Vital statistics of India. Vol. IV, Annual returns from 1871 to 1876. British Army of India, Native Army and jails of Bengal
Year: 1871
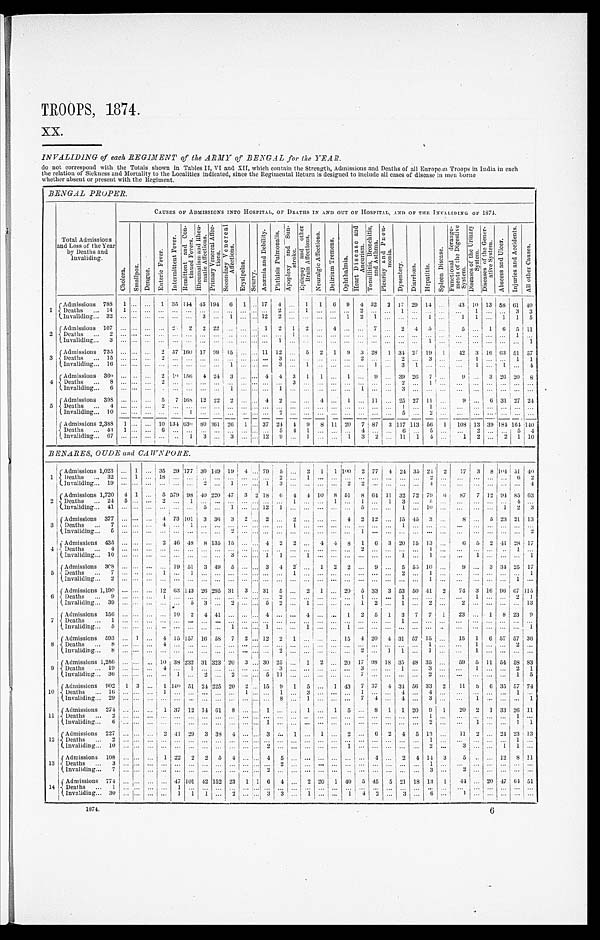
TROOPS, 1874.
XX.
INVALIDING of each REGIMENT of the ARMY of BENGAL for the YEAR.
do not correspond with the Totals shown in Tables II, VI and XII, which contain the Strength, Admissions and Deaths of all European Troops in India in each
the relation of Sickness and Mortality to the Localities indicated, since the Regimental Return is designed to include all cases of disease in men borne
whether absent or present with the Regiment.
BENGAL PROPER.
Total Admissions
and Loss of the Year
by Deaths and
Invaliding.
CAUSES OF ADMISSIONS INTO HOSPITAL, OF DEATHS IN AND OUT OF HOSPITAL, AND OF THE INVALIDING OF 1874.
C h o l e r a .
S m a l l p o x .
D e n g u e .
E n t e r i c F e v e r .
I n t e r m i t t e n t F e v e r .
R e m i t t e n t a n d C o n - t i n u e d F e v e r s . R h e u m a t i s m a n d R h e u - m a t i c A f f e c t i o n s .
P r i m a r y V e n e r a l A f f e c - t i o n s .
S e c o n d a r y V e n e r e a l A f f e c t i o n s .
E r y s i p e l a s .
S c u r v y .
A n æ m i a a n d D e b i l i t y .
P h t h i s i s P u l m o n a l i s . A p o p l e x y a n d S u n - s t r o k e .
E p i l e p s y a n d o t h e r B r a i n A f f e c t i o n s .
N e u r a l g i c A f f e c t i o n s .
D e l i r i u m T r e m e n s .
Op h t h a l mi a .
H e a r t D i s e a s e a n d A n e u r i s m . T o n s i l l i t i s , B r o n c h i t i s , a n d A s t h m a .
P l e u r i s y a n d P n e u - m o n i a .
D y s e n t e r y .
D i a r r h œ a . H e p a t i t i s .
S p l e e n D i s e a s e . F u n c t i o n a l d e r a n g e - m e n t s o f t h e D i g e s t i v e S y s t e m .
D i s e a s e s o f t h e U r i n a r y S y s t e m .
D i s e a s e s o f t h e G e n e r - a t i v e S y s t e m .
A b s c e s s a n d U l c e r .
I n j u r i e s a n d A c c i d e n t s .
Al l o t h e r Ca u s e s .
1 Admissions 788
1
. . .
. . . 1 35 144
4 5
194
6
1
. . .
1 7
4
. . .
1
1 6
9
4 32
2
1 7
29
1 4
. . .
43 10 13 58 61 40
D e a t h s . . .
1 4
1
. . .
. . .
. . .
. . .
. . . . . . . . .
. . .. . .
. . .
. . .
2
. . .
1
. . .
. . .
. . .
2
. . .
. . .
1
. . .
. . .
. . .
. . . 1
. . .. . .
3
3
I n v a l i d i n g . . . 32
. . .
. . .
. . .
. . .
. . .
. . . 3 . . .
1 . . .
. . . 12
2
. . .
. . .
. . .
. . .
1
2
1
. . .
. . .
. . .
1
. . .
1
1
. . . 1
1
5
2
Admissions 107
. . .
. . .
. . .
. . .
2
2
2 22
. . . . . .
. . . 1
2
1
2
. . . 4
. . .
. . . 7
. . . 2
4
5
. . .
5
. . .
1
6 5 11
Deat hs . . .
2
. . .
. . .
. . .
. . .
. . .
. . .
. . . . . .
. . . . . .
. . .
. . .
. . .
1
. . .
. . .
. . .
. . .
. . .
. . .
. . .
. . .
. . .
. . .
. . .
. . .
. . .
. . . . . .
1 . . .
I n v a l i d i n g . . .
3
. . .
. . .
. . .
. . .
. . .
. . .
. . .. . .
. . .. . .
. . .
. . .
1
. . .
. . .
. . .
. . .
. . .
. . .
. . .
. . .
. . .
. . .
1
. . .
. . .
. . .
. . .. . .
. . .1
3
Admissions 735
. . .
. . .
. . . 2 57 160 17 99
15 . . .
. . . 11
12
. . . 5
2
1
9
3
28
1 34 27 19
1
42
3 16 63 51 57
D e a t h s . . .
1 5
. . .
. . .
. . .
2
. . .
. . .
. . .. . .
. . .. . .
. . .
. . .
3
. . .
. . .
. . .
. . .
. . .
2
. . .
. . .
2
. . .
3
. . .
. . .
1
. . .. . . 1
1
Invaliding . . . 16
. . .
. . .
. . .
. . .
. . .
. . .
. . . . . .
1 . . .
. . .
. . . 3
. . . 1
. . .
. . .
. . .
. . .
1
. . .
3
1
. . .
. . .
. . .
1
. . .1
. . . 4
4
Admissions 369
. . .
. . .
. . . 2 10 156 4 24
3 . . .
. . .
4
4
3
1
1
. . . 1
. . .
9
. . . 39 26 7
. . .
9
. . . 3 26 20
8
D e a t h s . . .
8
. . .
. . .
. . .
2
. . .
. . .
. . .. . .
. . .. . . . . .
. . .
. . .
3
. . .
. . .
. . .
. . .
. . .
. . .
. . .
2
. . .
1
. . .
. . .
. . .
. . . . . .
. . . . . .
Invaliding . . .
6
. . .
. . .
. . .
. . .
. . .
. . .
. . . . . .
1 . . .
. . .
. . . 1
. . .
. . .
. . .
. . .
. . .
1
. . .
. . .
3
. . .
. . .
. . .
. . .
. . .
. . .. . .
. . .. . .
5
Admissions 398
. . .
. . .
. . . 5
7 168 12 22
2 . . .
. . .
4
2
. . .
. . .
4
. . . 1
. . . 11
. . . 25 27 11
. . .
9 . . .
6 31 27
24
Deaths . . .
4
. . .
. . .
. . .
2
. . .
. . .
. . .
. . .
. . . . . .
. . .
. . .
. . .
. . .
. . .
. . .
. . .
. . .
. . .
. . .
. . .
1
. . .
1
. . .
. . .
. . .
. . .
. . . . . .
. . .
Invaliding . . . 10
. . .
. . .
. . .
. . .
. . .
1
. . .
. . .
. . .. . .
. . .
. . .
2
. . .
. . .
. . .
. . .
. . .
. . .
. . .
. . .
5
. . .
2
. . .
. . .
. . .
. . .. . . . . . . . .
A d m i s s i o n s
2,388
1
. . .
. . . 10 134 630
8 0 361
2 6
1
. . . 37 24 4
9 8 11
2 0 7 87
3 117 113 56
1
108
13
39 184 164
140
Deaths . . .
4 3
1
. . .
. . .
6
. . .
. . .
. . .. . .
. . .. . .
. . .
. . .
5
4
1
. . .
. . . . . .
4
. . .
. . .
6
. . .
5
. . .
. . .
2
. . .. . . 5
4
Invaliding . . . 67
. . .
. . .
. . .
. . .
. . .
1
3
. . .
3 . . .
. . . 12
9
. . .
1
. . .
. . . 1
3
2
. . .
1 1
1
4
. . .
1
2
. . . 2
1 10
B E N A R E S , O U D E a n d C A W N P O R E .
1
Admissions 1,023
. . . 1
. . . 35 29 177 30
1 4 9
19
4
. . .
79
5
. . . 2
1 1
100
2
77
4 24 35 24 2
17
3
8 104 51 40
Deat hs . . .
3 2
. . .
1
. . .
1 8
. . .
. . .
. . .
. . .
. . .
. . . . . .
. . .
2
. . .
1
. . . . . . . . .
. . .
. . .
. . .
. . .
. . .
2
. . .
. . .
. . .
. . .
. . .
6
2
I n v a l i d i n g . . .
1 9
. . .
. . .
. . .
. . .
. . .
. . .
2
. . .
1
. . . . . .
1
3 . . .
. . .
. . . . . . 2
2
. . .
. . .
. . .
. . .
4
. . .
. . .
. . .
. . .
. . .
. . .
4
2
Admissions 1,720
4 1
. . . 5 579 98 40 220 47
3 2 18
6 4
4 10
8 51
8 64 11 32 72 79
6
87
7 12 94 85 63
Deaths . . .
2 4 5
. . .
. . . 2
. . . 1
. . . . . .
. . .
. . . . . .
. . .
. . . 1
. . .
. . . 1 . . .
1
. . . 1
3
. . .
5
. . .
. . .
. . .
. . .
. . .
4
. . .
Invaliding . . .
4 1
. . .
. . .
. . .
. . .. . .
. . .
5
. . .
1
. . .. . .
1 2
1
. . .
. . .
. . .
. . .. . .
5
. . .
. . .
1
. . .
1 0
. . .
. . .
. . .
. . . 1
2
3
3 Admissions 377
. . .
. . .
. . . 4 73 101
3
3 6
3
2 . . . 2
. . . 2
. . .
. . .
. . .
4
2 12
. . . 15 45
3
. . .
8
. . . 5 23 21 13
D e a t h s . . .
7
. . .
. . .
. . .
4
. . .
1
. . .
. . .
. . .
. . .. . .
. . .
. . .
1
. . .
. . .
. . .
. . .
. . .
. . .
. . .
1
. . .
. . .
. . .
. . .
. . .
. . .
. . .
. . .
. . .
I n v a l i d i n g . . .
5
. . .
. . .
. . .
. . .
. . .
. . .
. . .
. . .
2
. . .. . .
. . .
. . .
. . .
. . .
. . .
. . .
. . .
1
. . .
. . .
. . .
. . .
. . .
. . .
. . .
. . .
. . .
. . .
. . .
2
4
A d m i s s i o n s 435
. . .
. . .
. . . 2 46 48
8 135 15
. . . . . . 4
2 2
. . . 4
4
8
1
6
3 20 15 13
. . .
6 5
2 41 28 17
D e a t h s . . .
4
. . .
. . .
. . .
. . .
. . .
. . .
. . .
. . .
. . .. . . . . .
. . .
. . .
. . .
. . .
. . .
. . .
. . .
2
. . .
. . .
. . .
. . .
1
. . .
. . .
. . .
. . .. . .
1 . . .
I n v a l i d i n g . . .
1 0
. . .
. . .
. . .
. . .
. . .
. . .
. . .
. . .
3 . . . . . .
1
1
. . .
1
. . .
. . .
. . .
. . .
. . .
. . .
1
. . .
1
. . .
. . .
1
. . .. . .
. . . 1
5
Admissions 308
. . .
. . .
. . .
. . . 19 51
3 49
5
. . . . . . 3
4
2
. . .
1
2
2
. . . 9
. . .
5 55 10
. . .
9
. . .
3 34 25 17
D e a t h s . . .
7
. . .
. . .
. . .
1
. . .
1
. . .
. . .
. . . . . .. . .
. . .
. . .
1
. . .
. . .
. . .
. . .
. . .
. . .
. . .
2
. . .
1
. . .
. . .
. . .
. . .. . . . . . 1
I n v a l i d i n g . . .
2
. . .
. . .
. . .
. . .
. . .
. . .
. . .
. . .
. . . . . .. . .
. . .
. . .
. . .
. . .
. . .
. . .
. . .
. . .
. . .
. . .
. . .
. . .
1
. . .
. . .
. . .
. . .. . . 1
. . .
6
Admissions 1,190
. . .
. . .
. . . 12 63 143 26 295 31
3
. . .
31
5
. . . 2
1
. . . 20
5 33
3 53 50 41
2
74
3 16 96 67 115
Deaths . . .
9
. . .
. . .
. . .
1
. . .
. . .
. . .
. . .
. . . . . .. . .
. . .
2
. . .
. . .
. . .
. . .
. . .
1
. . .
. . .
1
. . .
. . .
. . .
. . .
1
. . .. . . 2
1
Invaliding . . .
39
. . .
. . .
. . .
. . .
. . .
5
3
. . .
2 . . . . . .
5
2
. . .
1
. . .
. . .
. . . 1
2
. . .
1
. . . 2
. . .
2
. . .
. . .. . . . . . 13
7
A d m i s s i o n s 156
. . .
. . .
. . .
. . . 10
2
4 41
. . . . . . . . . 4
. . .
. . . 4
. . .
. . . 1
2
5
1
3
7
7
1
23
. . . 1
8 23
9
Deaths . . .
1
. . .
. . .
. . .
. . .
. . .
. . .
. . .
. . .
. . .. . . . . .
. . .
. . .
. . .
. . .
. . .
. . .
. . .
. . .
. . .
. . .
1
. . .
. . .
. . .
. . .
. . .
. . .. . . . . .
. . .
Invaliding . . .
5
. . .
. . .
. . .
. . .
. . .
. . .
. . .
. . .
1 . . . . . .
1
. . .
. . .
1
. . .
. . .
1
. . .
. . .
. . .
. . .
. . .
. . .
. . .
. . .
. . .
. . .. . . . . .
1
8
A d m i s s i o n s
593
. . . 1
. . . 4 15 157 16 58
7
2 . . . 12
2
1
. . .
. . .
. . . 15
4 20
4 31 57 15
. . .
15
1
6 57 57 36
D e a t h s . . .
8
. . .
. . .
. . .
4
. . .
. . .
. . .
. . .
. . . . . .. . .
. . .
. . .
. . .
. . .
. . .
. . .
. . .
. . .
. . .
. . .
. . .
. . .
1
. . .
. . .
1
. . .. . . 2
. . .
I n v a l i d i n g . . .
8
. . .
. . .
. . .
. . .
. . .
. . .
. . .
. . .
. . . . . .. . .
. . .
2
. . .
. . .
. . .
. . .
. . .
2
. . .
1
1
. . .
1
. . .
. . .
1
. . .. . . . . . . . .
9
A d m i s s i o n s
1 , 2 5 6
. . .
. . .
. . .
10 38
2 3 2
3 1
323 20
3
. . .
30
2 5
. . .
1
2
. . .
20
1 7
98 18
3 5
48
3 5
. . .
5 9
5
11 54
58
8 3
D e a t h s . . .
1 9 . . .
. . .
. . .
4
. . . 1
. . .
. . .
. . .
. . . . . .
. . .
3
. . .
. . .
. . . . . .
. . .
3
. . .
. . .
1
. . .
3
. . .
. . .
1
. . .. . . 2
1
I n v a l i d i n g . . .
3 6
. . .
. . .
. . .
. . .
1
. . .
2
. . .
2 . . . . . .
5
1 1
. . .
. . .
. . .
. . .
. . .
7
. . .
. . .
. . .
. . .
2
. . .
. . .
. . .
. . .. . . 1
5
10
Admissions 902
1
3
. . .
1 140 51
2 4
225 20
2
. . .
15
9
1 5
. . . 1 43
7
37
4 34 56 33
2
11
5
6 35 57 74
D e a t h s . . .
1 6
. . .. . .
. . .
1
. . .
. . .
. . .
. . .
. . .1
. . .
. . .
1
. . .
3
. . .
. . .
. . .
1
. . .
. . .
4
. . .
4
. . .
. . .
. . .
. . .. . . 1
. . .
I n v a l i d i n g . . .
2 9
. . .
. . .
. . .
. . .
. . .
. . .
. . .
. . .
. . .. . . . . .
. . .
8
. . .
1
. . .
. . .
. . .
7
4
. . .
4
. . .
3
. . .
. . .
1
. . .. . . . . . 1
11
Admissions 274
. . .
. . .
. . .
1 37
1 2
1 4
6 1
8 . . . . . .
1
. . .
. . . 1
. . .
1
5
. . . 8
1
1 20
9
1
20
2
1
33
26
11
D e a t h s . . .
2
. . . . . .
. . .
. . .
. . .
. . .
. . .
. . .
. . .. . . . . .
. . .
. . .
. . .
. . .
. . .
. . .
. . .
. . .
. . .
. . .
. . .
. . .
1
. . .
. . .
. . .
. . .. . .
1 . . .
I n v a l i d i n g . . .
6
. . . . . .
. . .
. . .
. . .
. . .
. . .
. . .
. . .. . . . . .
1
. . .
. . .
. . .
. . .
. . .
. . . . . .
. . .
. . .
. . .
. . .
2
. . .
. . .
1
. . .. . .
1 1
12
Admissions
227 . . . . . .
. . .
2
4 1
2 9
3 38
4
. . . . . . 3
. . . 1
. . . 1
. . . 2
. . . 6
2
4
5 13
. . .
11
2
. . . 24 23 13
Deat hs . . .
2 . . .
. . .
. . .
. . .
. . .
. . .
. . .
. . .
. . .
. . . . . .
. . .
. . .
. . .
. . .
. . .
. . .
. . .
. . .
. . .
. . .
. . .
. . . 1
. . .
. . .
. . .
. . . . . . 1 . . .
I n v a l i d i n g . . .
1 0
. . .
. . .
. . .
. . .
. . .
. . .
. . .
. . .
. . .
. . . . . .
2
. . .
. . .
. . .
. . .
. . .1
. . .
. . .
. . .
. . . . . .
2
. . . 3
. . .
. . .1
1 . . .
13
Admissions
108 . . . . . .
. . .
1 22
2
2
5
4
. . . . . . 4
5
. . .
. . .
. . .
. . . . . .
. . .
4
. . . 2
4
1 4 3
5
. . .
. . . 12
8 11
Deaths . . .
3 . . .
. . .
. . .
. . .
. . .
. . .
. . .
. . .
. . .
. . . . . .
. . .
2
. . .
. . .
. . .
. . .. . .
. . .
. . .
. . .
. . .
. . .
1
. . .
. . .
. . .
. . .
. . .. . . . . .
Invaliding . . .
7 . . .
. . .
. . .
. . .
. . .
. . .
. . .
. . .
. . .
. . . . . .
2
. . .
. . .
. . .
. . .
. . .. . .
. . .
. . .
. . .
. . .
. . .
3
. . .
2
. . .
. . .
. . .
. . . . . .
14
Admissions 774 . . .
. . .
. . .
. . .
4 7 101 42 152 23
1 1 6
4
. . . 2 20
1 40
5 45
5 21 18 13
1
44
. . . 20 47
6 4 51
Deaths . . .
1 . . .
. . . . . .
. . .
1
. . .
. . .
. . .
. . .
. . . . . .
. . .
. . .
. . .
. . .
. . . . . . . . .
. . .
. . .
. . .
. . .
. . .
. . .
. . .
. . .
. . .
. . .
. . .
. . .. . .
Invaliding . . .
30 . . .
. . .
. . .
. . .
1
1
1
. . .
2
. . .
. . . 3
3
. . . 1
. . .
. . . 1
4
2
. . .
3
. . . 6
. . .
1
. . .. . .
. . .
. . .. . .
1874.
6